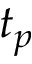
t _ { p }